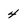
Character: 4